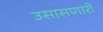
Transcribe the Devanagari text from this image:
उसासणारी